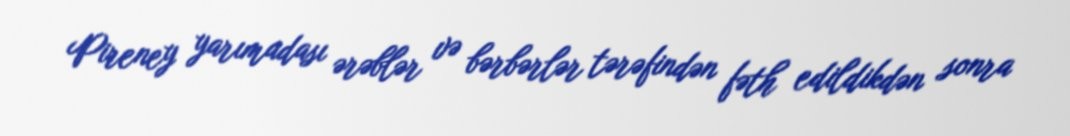
Pireney yarımadası ərəblər və bərbərlər tərəfindən fəth edildikdən sonra